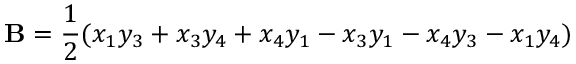
\mathbf { B } = { \frac { 1 } { 2 } } ( x _ { 1 } y _ { 3 } + x _ { 3 } y _ { 4 } + x _ { 4 } y _ { 1 } - x _ { 3 } y _ { 1 } - x _ { 4 } y _ { 3 } - x _ { 1 } y _ { 4 } )